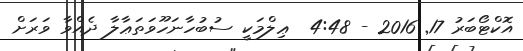
އޮކްޓޯބަރު 17